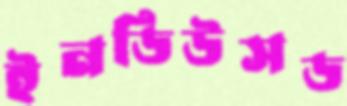
ইনডিউসড